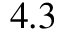
4 . 3